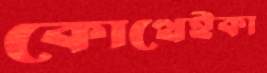
কোত্থেইকা